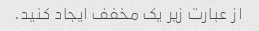
از عبارت زیر یک مخفف ایجاد کنید.